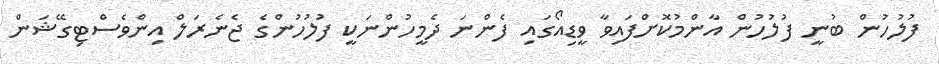
ފުލުހުން ބުނީ ފުލުހުން އާންމުކޮށްފައިވާ ވީޑިއޯގައި ފެންނަ ދެމީހުންނަކީ ފުލުހުންގެ ޖެނެރަލް އިންވެސްޓިގޭޝަން